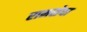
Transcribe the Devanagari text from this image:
रामसेवा